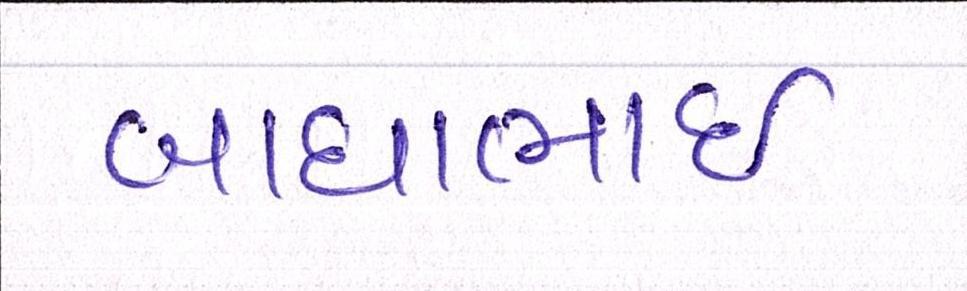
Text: બાઘાભાઇ